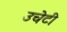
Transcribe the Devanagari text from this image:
उचेटी